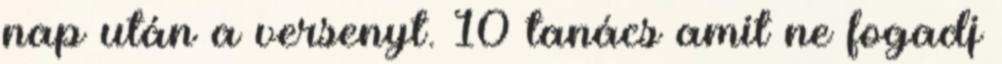
nap után a versenyt. 10 tanács amit ne fogadj